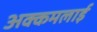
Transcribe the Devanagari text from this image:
अक्कमलाई